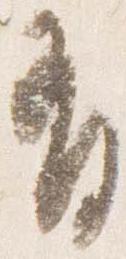
有